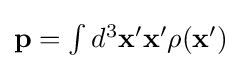
{\textstyle \mathbf {p} =\int d^{3}\mathbf {x'} \mathbf {x'} \rho (\mathbf {x'} )}